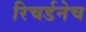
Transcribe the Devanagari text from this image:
रिचर्डनेच